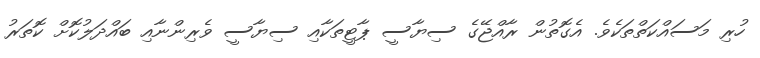
ހުރި މަސައްކަތްތަކެވެ. އެގޮތުން ރާއްޖޭގެ ސިޔާސީ ޕާޓީތަކާއި ސިޔާސީ ވެރިންނާއި ބައްދަލުކޮށް ކޮތަރު